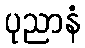
ပုညာနံ